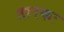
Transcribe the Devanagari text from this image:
तारकः